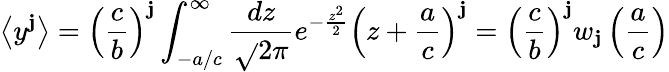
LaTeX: \left<y^{\mathbf{j}}\right>=\left(\frac{{c}}{{b}}\right)^{\mathbf{j}}\int_{-a/c}^{\infty}\frac{{dz}}{{\sqrt{}{{2\pi}}}}e^{-\frac{{z^{2}}}{{2}}}\left(z+\frac{{a}}{{c}}\right)^{\mathbf{j}}=\left(\frac{{c}}{{b}}\right)^{\mathbf{j}}w_{\mathbf{j}}\left(\frac{{a}}{{c}}\right)